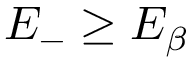
E _ { - } \geq E _ { \beta }